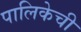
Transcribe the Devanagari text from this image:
पालिकेची